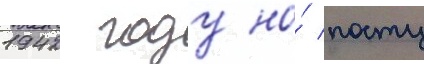
1942 году на́ посту